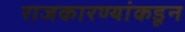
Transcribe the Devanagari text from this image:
राजकारण्यांकडून